Report of the King Institute of Preventive Medicine, Guindy
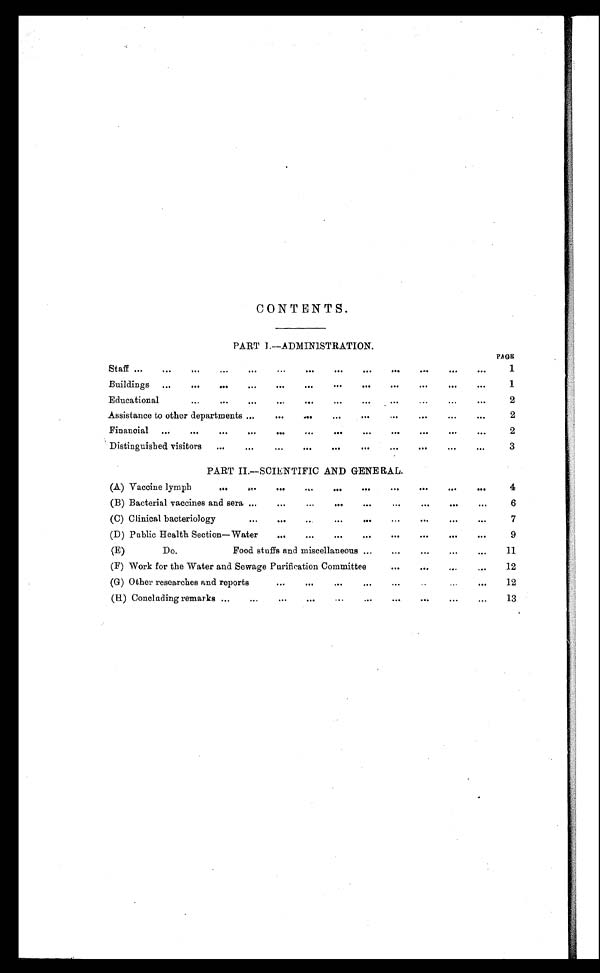
CONTENTS.
PART 1.— ADMIN1STRATION.
PAGE
Staff . . .
1
Buildings . . .
1
Educational . . .
2
Assistance to other departments . . .
2
Financial . . .
2
Distinguished visitors . . .
3
PART II.—SCIENTIFIC AND GENERAL.
(A) Vaccine lymph . . .
4
(B) Bacterial vaccines and sera . . .
6
(C) Clinical bacteriology . . .
7
(D) Public Health Section—Water . . .
9
(E) Do. Food stuffs and miscellaneous . . .
11
(F) Work for the Water and Sewage Purification Committee . . .
12
(G) Other researches and reports . . .
12
(H) Concluding remarks . . .
13